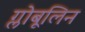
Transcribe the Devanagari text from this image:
ग्लोबूलिन